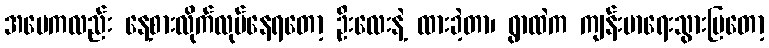
အမေကလည်း နေ့စားလိုက်လုပ်နေရတော့ ဦးလေးနဲ့ ထားခဲ့တာ၊ ရွာထဲက ကျန်းမာရေးသွားပြတော့